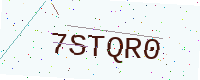
Text: 7STQR0